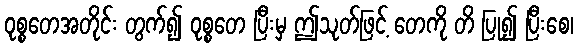
ဝုစ္စတေအတိုင်း တွက်၍ ဝုစ္စတေ ပြီးမှ ဤသုတ်ဖြင့် တေကို တိ ပြု၍ ပြီးစေ၊